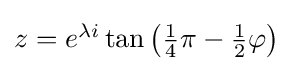
\textstyle z=e^{\lambda i}\tan {\bigl (}{\tfrac {1}{4}}\pi -{\tfrac {1}{2}}\varphi {\bigr )}